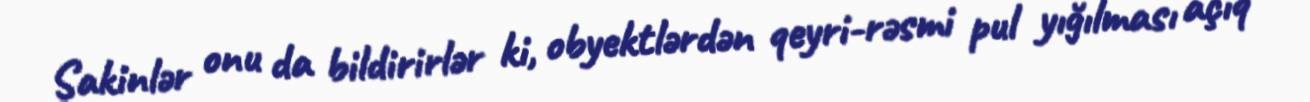
Sakinlər onu da bildirirlər ki, obyektlərdən qeyri-rəsmi pul yığılması açıq